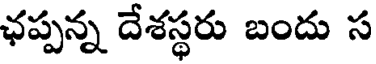
ఛప్పన్న దేశస్థరు బందు స